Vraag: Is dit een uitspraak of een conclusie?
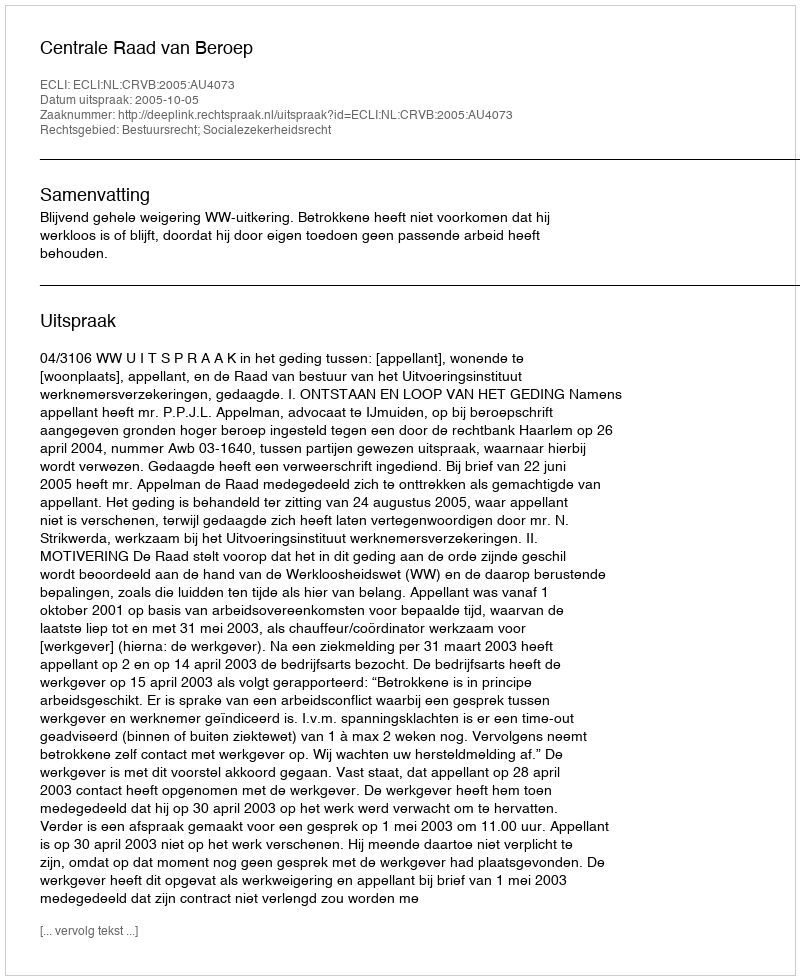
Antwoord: Uitspraak